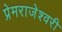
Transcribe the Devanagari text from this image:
प्रेमराजेश्वरी